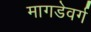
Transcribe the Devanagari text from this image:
मागडेवर्ग